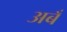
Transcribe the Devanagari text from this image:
अबँ